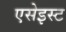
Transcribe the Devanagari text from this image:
एसेइस्ट